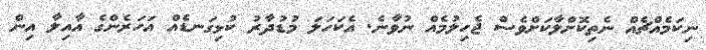
ނިކަމެއްޗެއް ނެތިކޮށްލާކަށްވެސް ޖެހިލުމެއް ނުވާނެ. އެކަހަލަ މުޑުދާރު ކުޅިގަނޑެއް އަހަރެންގެ އާއިލާ އިން